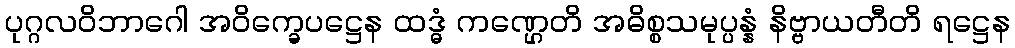
ပုဂ္ဂလဝိဘာဂေါ အဝိက္ခေပဋ္ဌေန ထဒ္ဓံ ကဏ္ဌေတိ အဓိစ္စသမုပ္ပန္နံ နိဗ္ဗာယတီတိ ရဋ္ဌေန